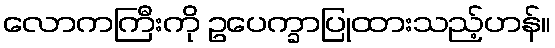
လောကကြီးကို ဥပေက္ခာပြုထားသည့်ဟန်။